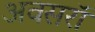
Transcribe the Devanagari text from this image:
अवसरॉ